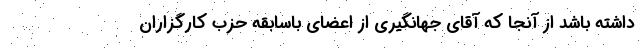
داشته باشد از آنجا که آقای جهانگیری از اعضای باسابقه حزب کارگزاران